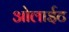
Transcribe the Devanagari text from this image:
ओलाईट